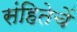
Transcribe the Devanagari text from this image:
संहितेचें